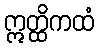
ဣတ္ထိကထံ